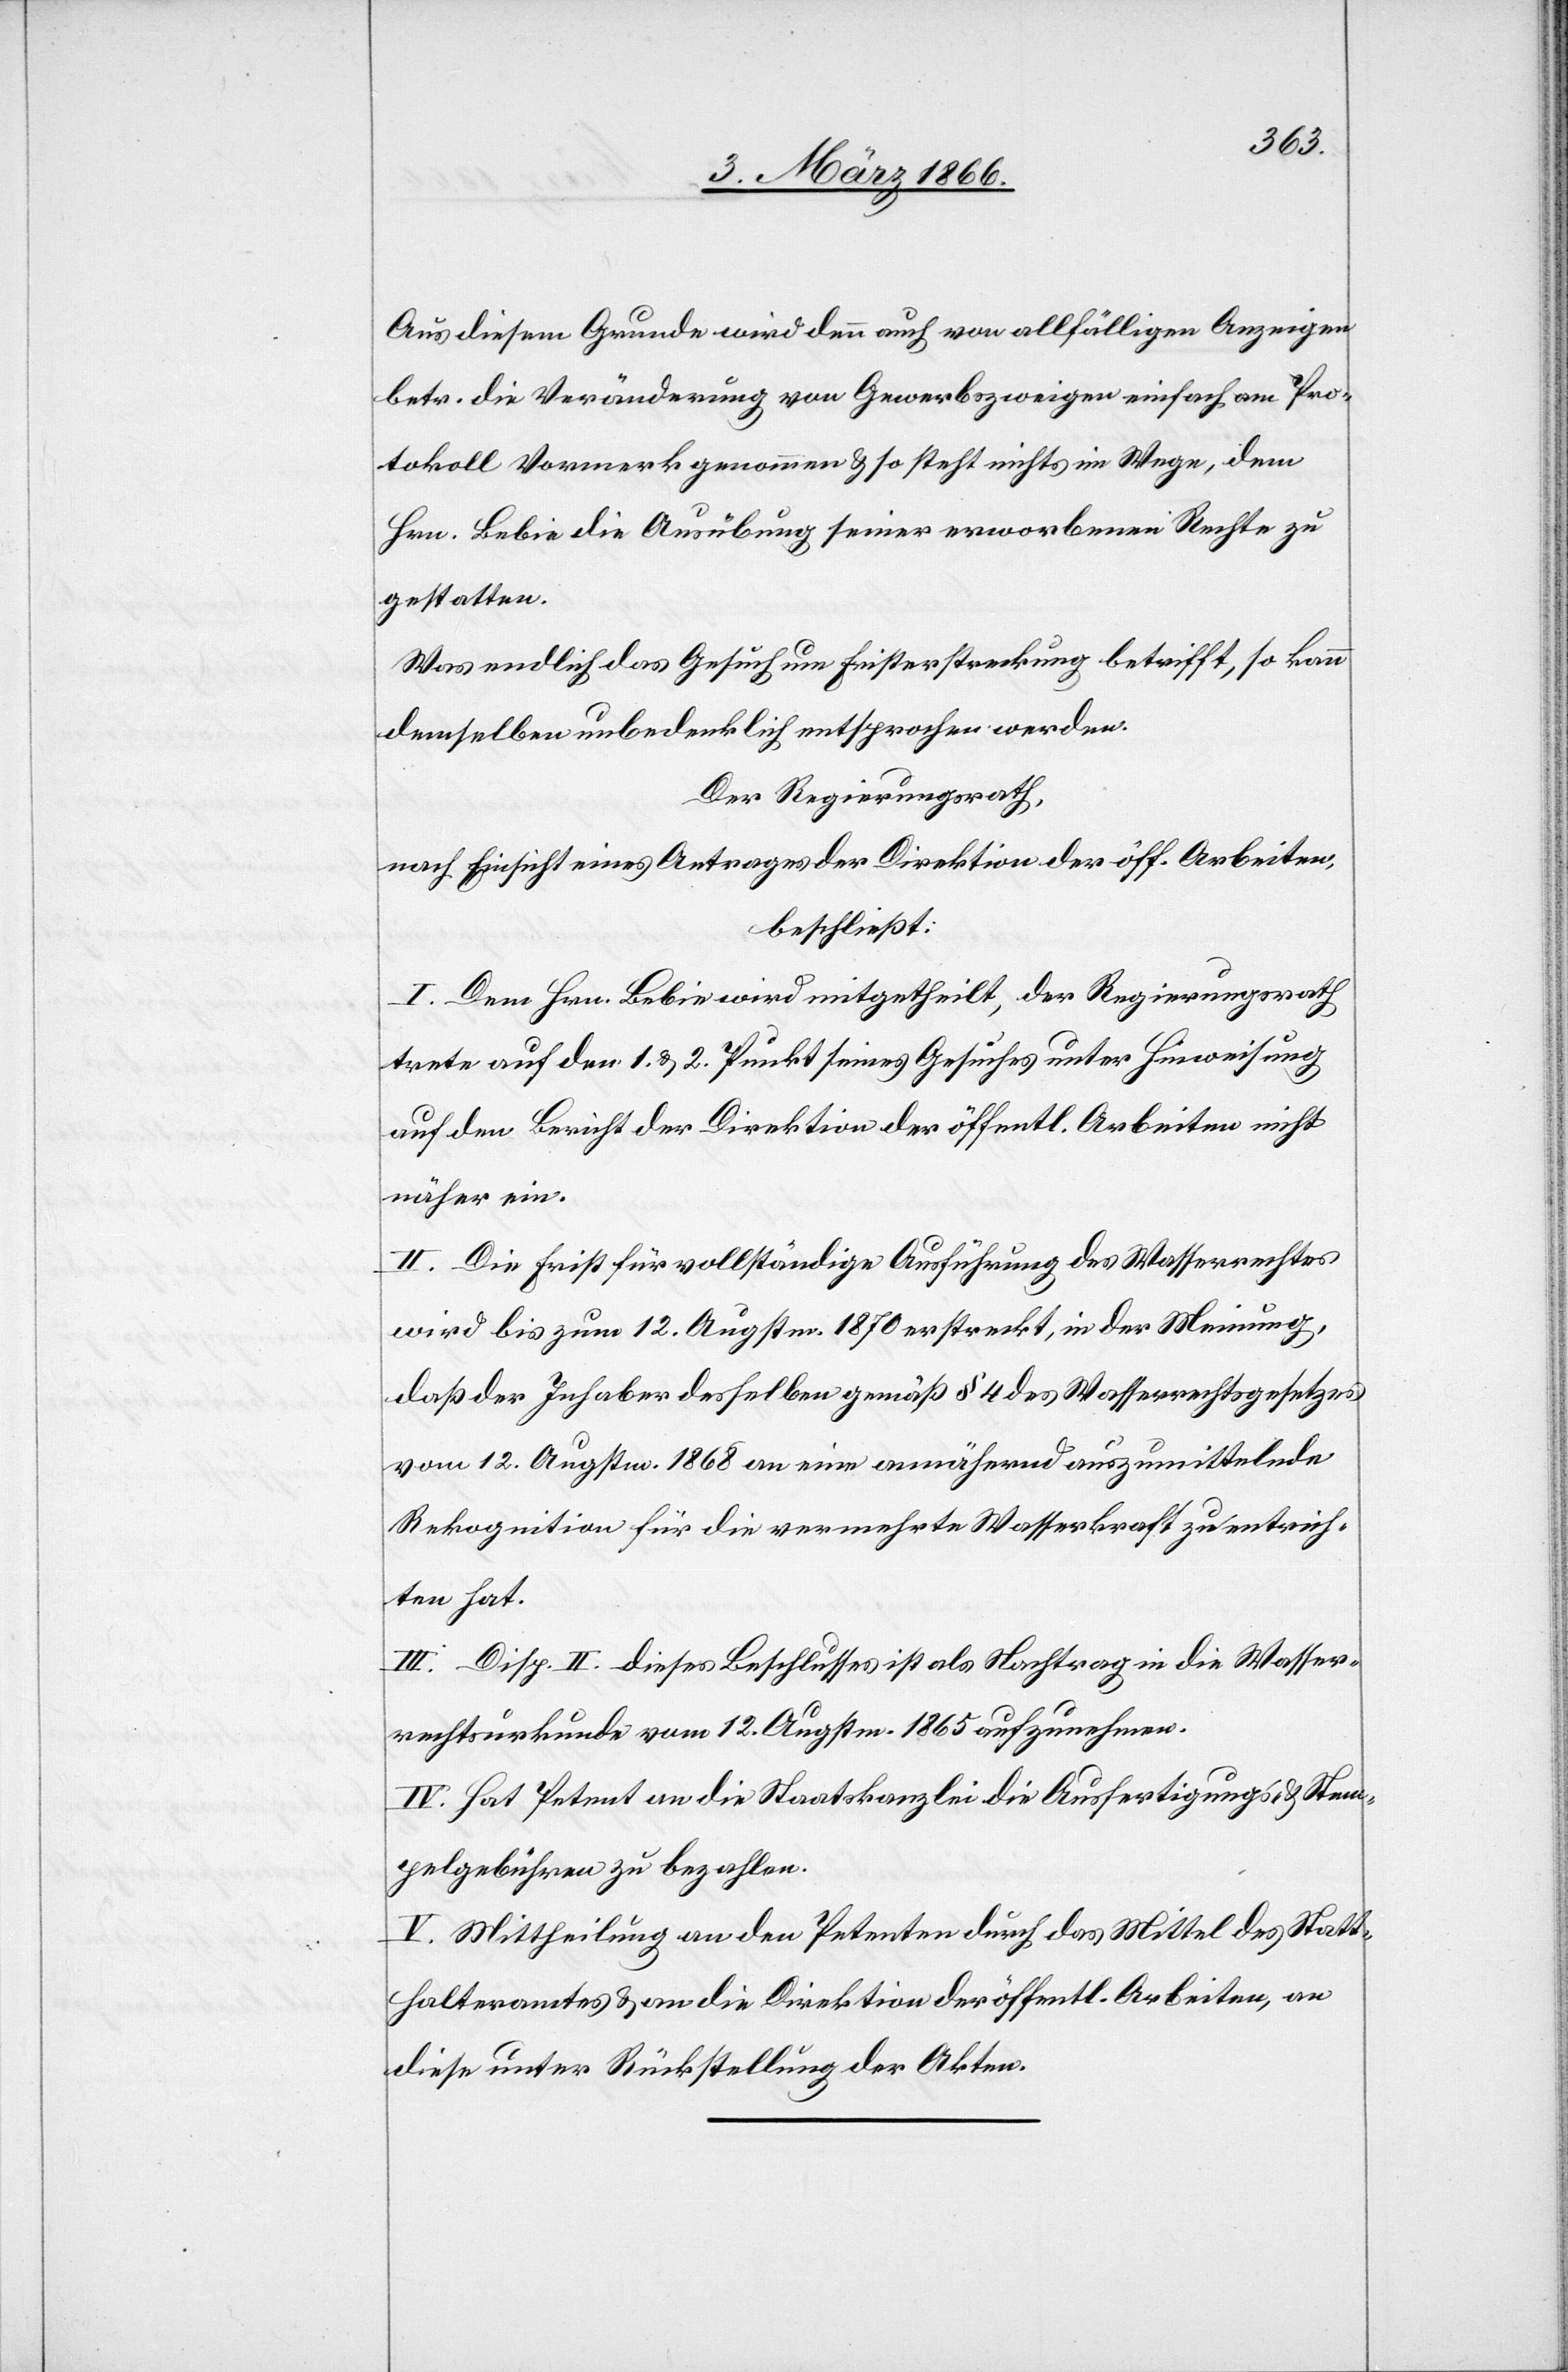
Aus diesem Grunde wird denn auch von allfälligen Anzeigen
betr. die Veränderung von Gewerbszweigen einfach am Pro¬
tokoll Vormerk genommen u. so steht nichts im Wege, dem
Hrn. Bebin die Ausübung seiner erworbenen Rechte zu
gestatten.
Was endlich das Gesuch um Fristerstreckung betrifft, so kann
demselben unbedenklich entsprochen werden.
Der Regierungsrath,
nach Einsicht eines Antrages der Direktion der öff. Arbeiten,
beschließt:
I. Dem Hrn. Bebin wird mitgetheilt, der Regierungsrath
trete auf den 1. u. 2. Punkt seines Gesuches unter Hinweisung
auf den Bericht der Direktion der öffentl. Arbeiten nicht
näher ein.
II. Die Frist für vollständige Ausführung des Wasserrechtes
wird bis zum 12. Augustm. 1870 erstreckt, in der Meinung,
daß der Inhaber desselben gemäß § 4 des Wasserrechtsgesetzes
vom 12. Augustm. 1868 an eine annährend auszumittelnde
Rekognition für die vermehrte Wasserkraft zu entrich¬
ten hat.
III. Disp. II. dieses Beschlusses ist als Nachtrag in die Wasser¬
rechtsurkunde vom 12. Augustm. 1865 aufzunehmen.
IV. Hat Petent an die Staatskanzlei die Ausfertigungs- u. Stem¬
pelgebühren zu bezahlen.
V. Mittheilung an den Petenten durch das Mittel des Statt¬
halteramtes u. an die Direktion der öffentl. Arbeiten, an
diese unter Rückstellung der Akten.